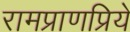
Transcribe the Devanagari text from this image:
रामप्राणप्रिये